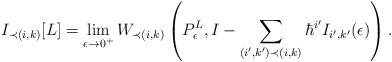
LaTeX: \begin{align*} I_{\prec (i, k)}[L] = \lim_{\epsilon \to 0^+} W_{\prec (i, k)}\left(P_{\epsilon}^L, I - \sum_{(i', k') \prec (i, k)}\hbar^{i'}I_{i', k'}(\epsilon)\right).\end{align*}